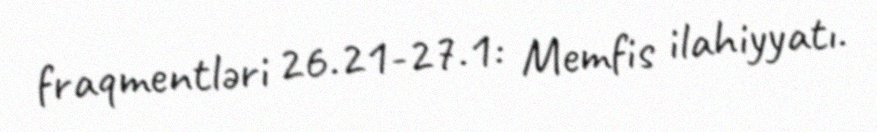
fraqmentləri 26.21-27.1: Memfis ilahiyyatı.